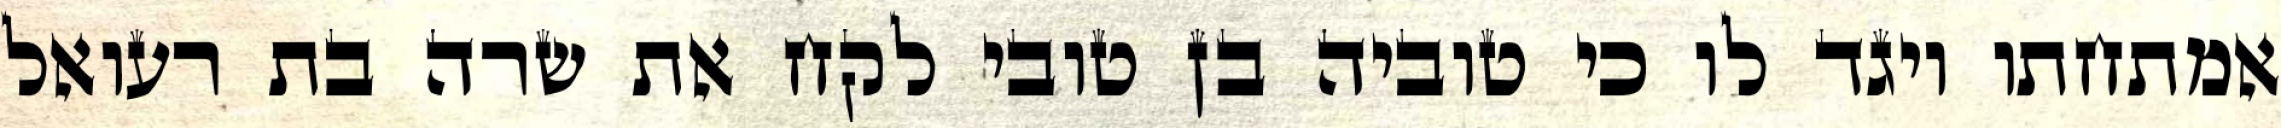
אמתחתו ויגד לו כי טוביה בן טובי לקח את שרה בת רעואל